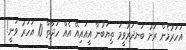
އަހަރުމެން ރަށު ބަނދަރުވީމަ ތިޔަބުނާ އީއައިއޭ އެއް ހަދާތާ 10 އަހަރު ވަނީ!